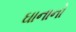
ઘાનાનો